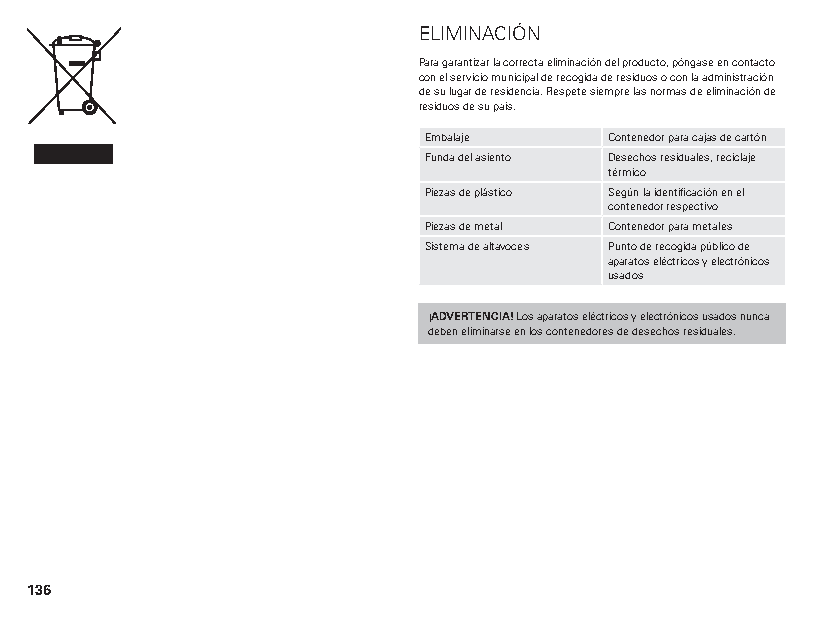
ELIMINACIÓN
 Para garantizar la correcta eliminación del producto, póngase en contacto
 con el servicio municipal de recogida de residuos o con la administración
 de su lugar de residencia. Respete siempre las normas de eliminación de
 residuos de su país.
 Embalaje    Contenedor para cajas de cartón
 Funda del asiento Desechos residuales, reciclaje
 térmico
 Piezas de plástico Según la identificación en el
 contenedor respectivo
 Piezas de metal Contenedor para metales
 Sistema de altavoces Punto de recogida público de
 aparatos eléctricos y electrónicos
 usados
 ¡ADVERTENCIA! Los aparatos eléctricos y electrónicos usados nunca
 deben eliminarse en los contenedores de desechos residuales.
 136